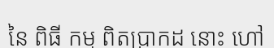
នៃ ពិធី កម្ម ពិតប្រាកដ នោះ ហៅ